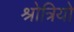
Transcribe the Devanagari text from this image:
श्रोत्रियो